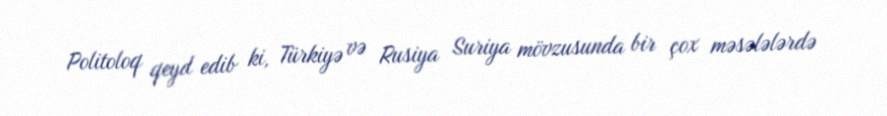
Politoloq qeyd edib ki, Türkiyə və Rusiya Suriya mövzusunda bir çox məsələlərdə